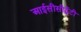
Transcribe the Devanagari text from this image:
आईसीसीट्वेंटी